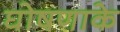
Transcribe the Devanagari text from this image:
घोषणाके